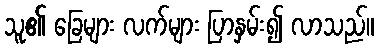
သူ၏ ခြေများ လက်များ ပြာနှမ်း၍ လာသည်။